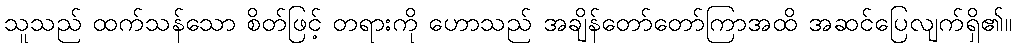
သူသည် ထက်သန်သော စိတ်ဖြင့် တရားကို ဟောသည် အချိန်တော်တော်ကြာအထိ အဆင်ပြေလျက်ရှိ၏။